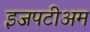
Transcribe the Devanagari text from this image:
इजपटीअम